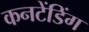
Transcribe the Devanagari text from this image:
कनटेंडिंग